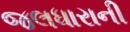
જલધારાની